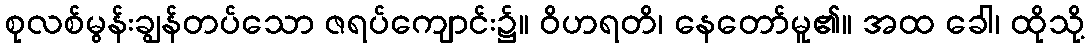
စုလစ်မွန်းချွန်တပ်သော ဇရပ်ကျောင်း၌။ ဝိဟရတိ၊ နေတော်မူ၏။ အထ ခေါ၊ ထိုသို့